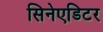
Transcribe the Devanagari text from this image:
सिनेएडिटर